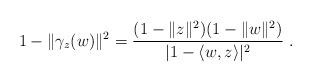
LaTeX: \begin{align*}1-\|\gamma_z(w)\|^2=\frac{(1-\|z\|^2)(1-\|w\|^2)}{|1-\langle w,z\rangle|^2}\;.\end{align*}